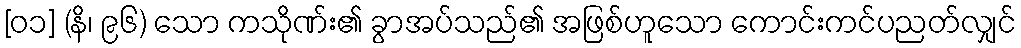
[၀၁] (နိ၊ ၉၆) သော ကသိုဏ်း၏ ခွာအပ်သည်၏ အဖြစ်ဟူသော ကောင်းကင်ပညတ်လျှင်